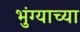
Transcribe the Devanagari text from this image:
भुंग्याच्या